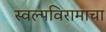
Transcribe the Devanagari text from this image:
स्वल्पविरामाचा